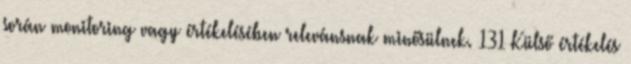
során monitoring vagy értékelésében relevánsnak minősülnek. 131 Külső értékelés